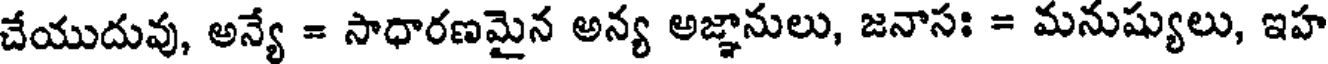
చేయుదువు, అన్యే = సాధారణమైన అన్య అజ్ఞానులు, జనాసః = మనుష్యులు, ఇహ